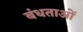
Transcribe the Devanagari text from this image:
बंधताओं